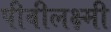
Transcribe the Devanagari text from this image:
पीवीलक्ष्मी